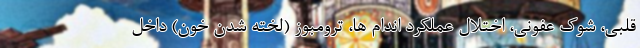
قلبی، شوک عفونی، اختلال عملکرد اندام ها، ترومبوز (لخته شدن خون) داخل